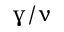
\upgamma / \upnu